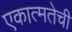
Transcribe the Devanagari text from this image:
एकात्मतेची